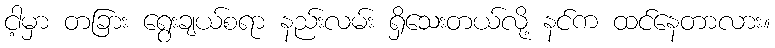
ငါ့မှာ တခြား ရွေးချယ်စရာ နည်းလမ်း ရှိသေးတယ်လို့ နင်က ထင်နေတာလား။